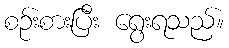
စဉ်းစားပြီး ရွေးရသည်။